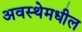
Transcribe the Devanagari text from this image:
अवस्थेमधील